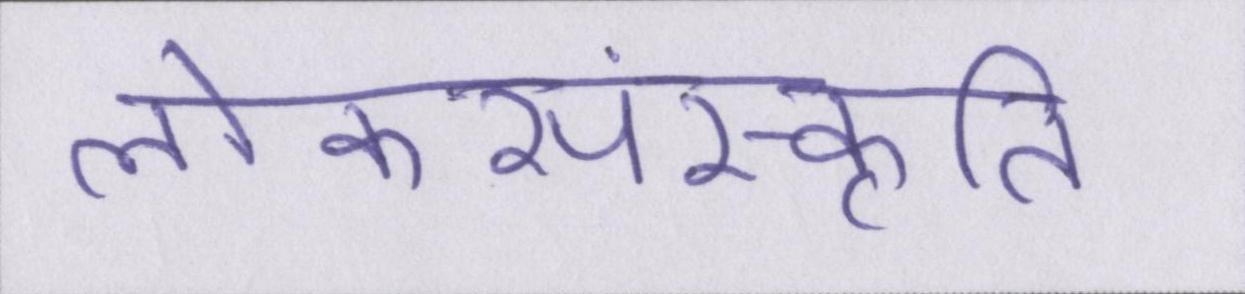
लोकसंस्कृति